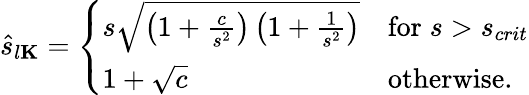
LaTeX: \hat{s}_{l\le K}=\left\{ \begin{array}{ll}{s\sqrt{\left(1+\frac{c}{s^{2}}\right)\left(1+\frac{1}{s^{2}}\right)}}&{\mathrm{for}\; s>s_{crit}}\\ {1+\sqrt{c}}&{\mathrm{otherwise}.}\end{array}\right.